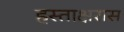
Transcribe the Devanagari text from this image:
हस्ताक्षरास